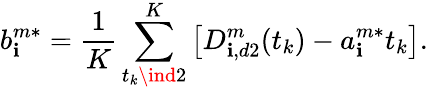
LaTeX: b_{\mathbf{i}}^{m*}=\frac{{1}}{{K}}\sum_{t_{k}\ind2}^{K}\left[D_{\mathbf{i},d2}^{m}(t_{k})-a_{\mathbf{i}}^{m*}t_{k}\right].